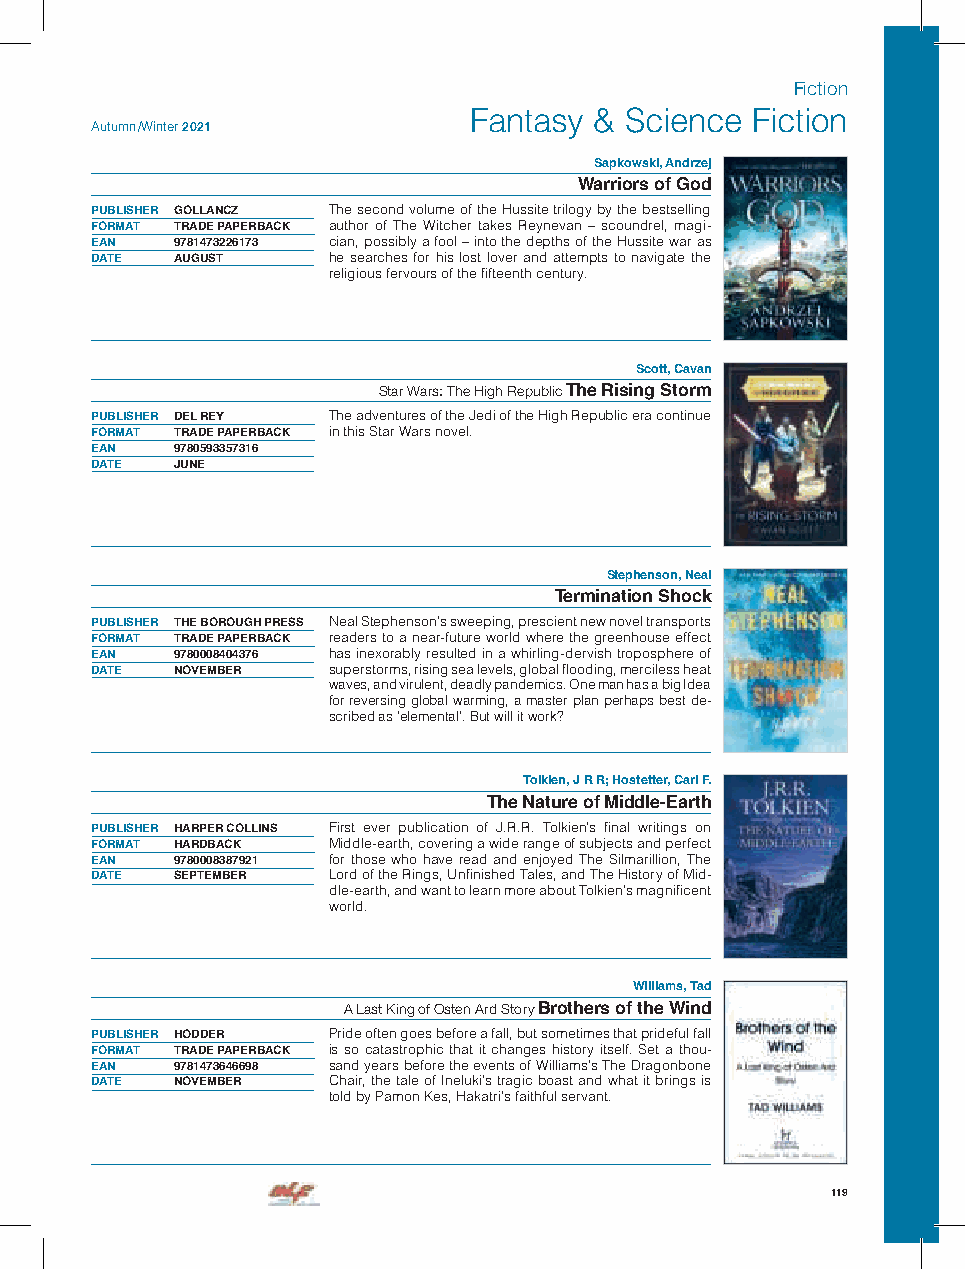
Fiction
 Fantasy & Science  Fiction
 Autumn /Winter 2021
 Sapkowski, Andrzej
 Warriors of God
 PUBLISHER GOLLANCZ The second volume of the Hussite trilogy by the bestselling
 FORMAT TRADE PAPERBACK author of The Witcher takes Reynevan – scoundrel, magi-
 EAN  9781473226173 cian, possibly a fool – into the depths of the Hussite war as
 DATE AUGUST     he searches for his lost lover and attempts to navigate the
 religious fervours of the fifteenth century.
 Scott, Cavan
 Star Wars: The High Republic The Rising Storm
 PUBLISHER DEL REY The adventures of the Jedi of the High Republic era continue
 FORMAT TRADE PAPERBACK in this Star Wars novel.
 EAN  9780593357316
 DATE JUNE
 Stephenson, Neal
 Termination Shock
 PUBLISHER THE BOROUGH PRESS Neal Stephenson’s sweeping, prescient new novel transports
 FORMAT TRADE PAPERBACK readers to a near-future world where the greenhouse effect
 EAN  9780008404376 has inexorably resulted in a whirling-dervish troposphere of
 DATE NOVEMBER   superstorms, rising sea levels, global flooding, merciless heat
 waves, and virulent, deadly pandemics. One man has a big Idea
 for reversing global warming, a master plan perhaps best de-
 scribed as ’elemental’. But will it work?
 Tolkien, J R R; Hostetter, Carl F.
 The Nature of Middle-Earth
 PUBLISHER HARPER COLLINS First ever publication of J.R.R. Tolkien’s final writings on
 FORMAT HARDBACK Middle-earth, covering a wide range of subjects and perfect
 EAN  9780008387921 for those who have read and enjoyed The Silmarillion, The
 DATE SEPTEMBER  Lord of the Rings, Unfinished Tales, and The History of Mid-
 dle-earth, and want to learn more about Tolkien’s magnificent
 world.
 Williams, Tad
 A Last King of Osten Ard Story Brothers of the Wind
 PUBLISHER HODDER Pride often goes before a fall, but sometimes that prideful fall
 FORMAT TRADE PAPERBACK is so catastrophic that it changes history itself. Set a thou-
 EAN  9781473646698 sand years before the events of Williams’s The Dragonbone
 DATE NOVEMBER   Chair, the tale of Ineluki’s tragic boast and what it brings is
 told by Pamon Kes, Hakatri’s faithful servant.
 119